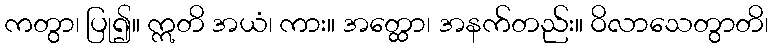
ကတွာ၊ ပြု၍။ ဣတိ အယံ၊ ကား။ အတ္ထော၊ အနက်တည်း။ ဝိလာသေတွာတိ၊